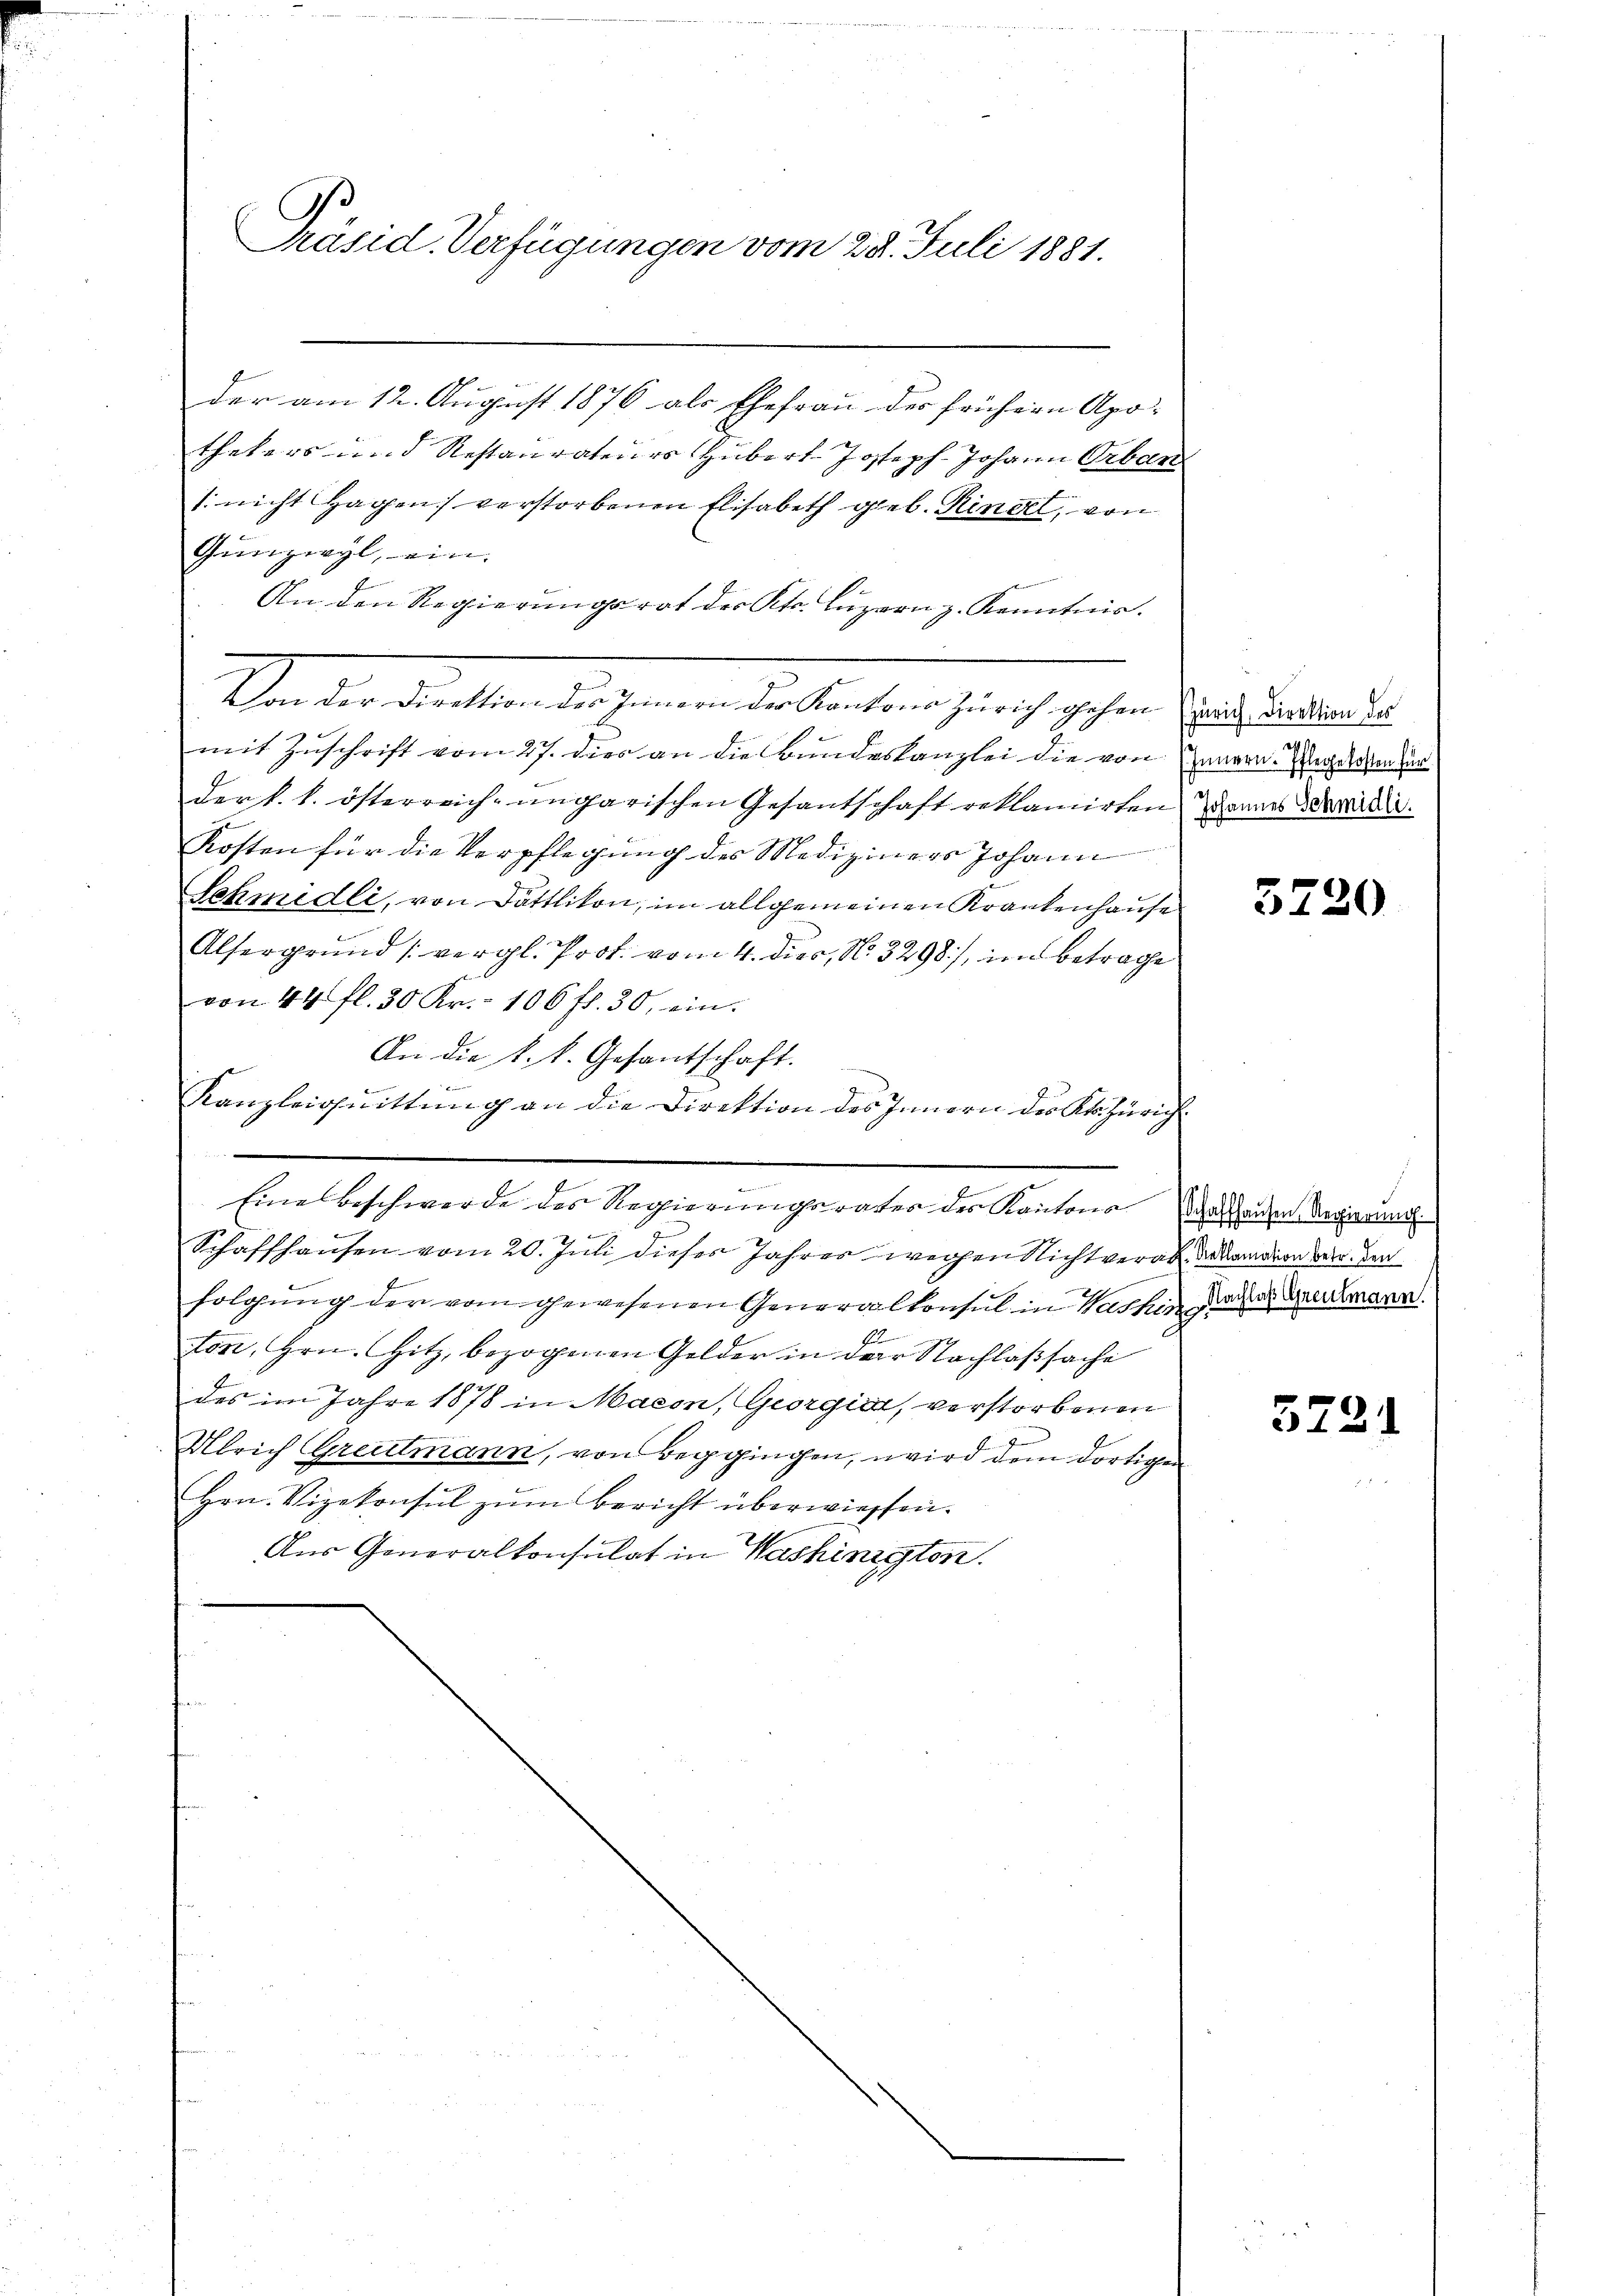
der am 12. August 1876 als Ehefrau der frühern Apo-
thekers und Restaurateurs Hubert Joseph Johann Urban
1. nicht Hagen verstorbenen Elisabeth geb. Ringel, von
Gŭnzwyl, ein.
An den Regierungsrat des Kts. Luzern z. Kenntnis.
Ehen der diesen diesenen der ersten Gerich sehen und an den de
mit Zuschrift vom 27. dies an die Bundeskanzlei die von Haaren Regelden dur
der k. k. österreich-ungarischen Gesantschaft reklamirten Mannes Milli¬
Kosten für die Verpflegung des Mediziners Johann
Schmidli, von Dättlikon, im allgemeinen Krankenhause
Alsergrund (vergl. Prot. vom 4. dies, No. 3298), im Betrage
von 44 fl. 30 Kr. 106 fl. 30, ein.
An die k. k. Gesantschaft.
Kanzleiquittung an die Direktion des Innern der Kl. Züric
1
.
Eine Beschwerde des Regierungsrates der Kantone Waltenen Regierung
Schaffhausen vom 20. Juli dieses Jahres wegen Nicht verab bekanation der den
folgŭng der vom gewesenen Generalkonsul in Washin daher Gremann.
19
ton, Hrn. Hitz, bezogenen Gelder in der Nachlaßsache
des im Jahre 1878 in Macon, Georgia, verstorbenen
Ulrich Greutmann, von Beggingen, wird dem dortigen
Hrn. Vizekonsul zum Bericht überwiessen.
Aus Generalkonsulat in Washinisten.

.
Präsid. Verfügungen vom 28. Juli 1881.

5220

5721